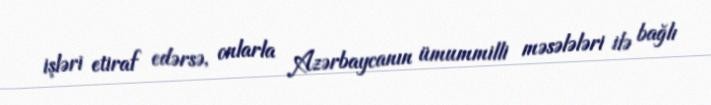
işləri etiraf edərsə, onlarla Azərbaycanın ümummilli məsələləri ilə bağlı